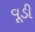
વૂડી